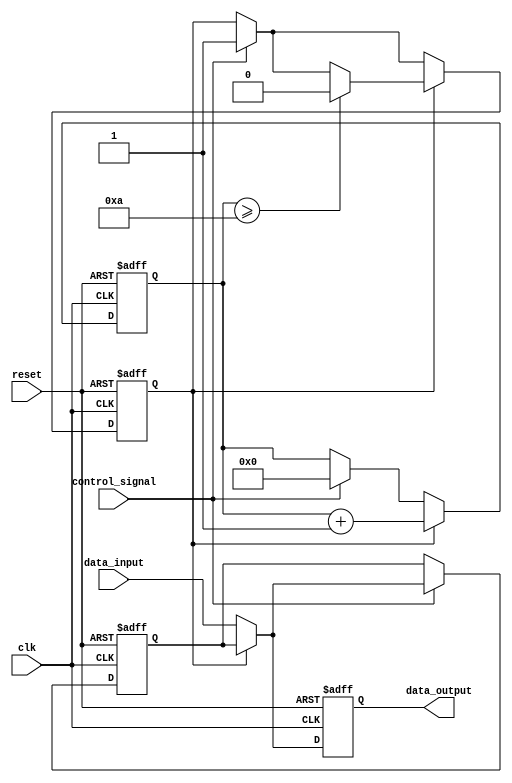
module hold_condition (
    input wire clk,                // Clock signal
    input wire reset,              // Reset signal
    input wire control_signal,      // Control signal to activate hold condition
    input wire data_input,         // Primary data input
    output reg data_output         // Data output reflecting the held value
);

    reg hold_value;                // Holds the captured data input
    reg hold_state;                // Indicates if we are in hold state

    // Timing parameter for hold duration
    parameter HOLD_DURATION = 10;  // Number of clock cycles to hold the data

    // State management
    reg [3:0] hold_counter;        // Counter to manage hold duration

    always @(posedge clk or posedge reset) begin
        if (reset) begin
            data_output <= 1'b0;    // Reset the output
            hold_value <= 1'b0;     // Clear hold value
            hold_state <= 1'b0;     // Clear hold state
            hold_counter <= 0;       // Reset hold counter
        end else begin
            if (control_signal) begin
                if (!hold_state) begin
                    // Capture the input data when control signal is activated
                    hold_value <= data_input;
                    hold_state <= 1'b1; // Enter hold state
                    hold_counter <= 0;   // Reset counter
                end
            end
            
            if (hold_state) begin
                // Increment hold counter during hold state
                hold_counter <= hold_counter + 1;

                // Check if we have reached the hold duration
                if (hold_counter >= HOLD_DURATION) begin
                    hold_state <= 1'b0; // Exit hold state after duration
                end

                // Maintain the held value during hold state
                data_output <= hold_value;
            end else begin
                // Normal operation: output follows data input
                data_output <= data_input;
            end
        end
    end

endmodule